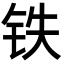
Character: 铁